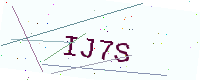
Text: IJ7S